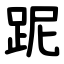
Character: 跜